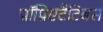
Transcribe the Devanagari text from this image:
प्रॉप्रिएटैटिबस